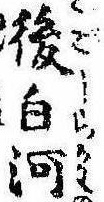
後白河